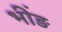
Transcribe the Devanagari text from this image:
भींड़